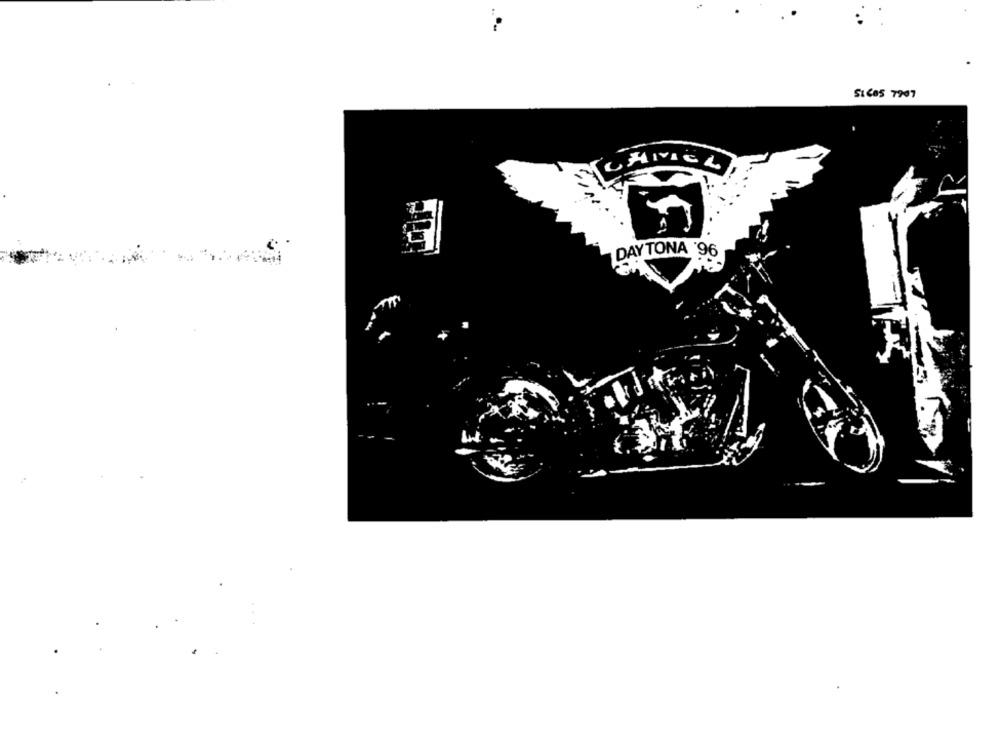
CAMVIEL
DAYTONA '96